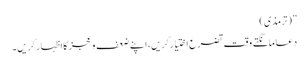
”(ترمذی)
دعا مانگتے وقت تضرع اختیار کریں، اپنے ضعف و عجز کا اظہار کریں۔